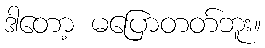
ဒါတော့ မပြောတတ်ဘူး။